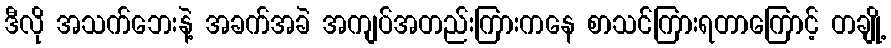
ဒီလို အသက်ဘေးနဲ့ အခက်အခဲ အကျပ်အတည်းကြားကနေ စာသင်ကြားရတာကြောင့် တချို့